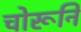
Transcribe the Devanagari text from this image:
चोरूनि